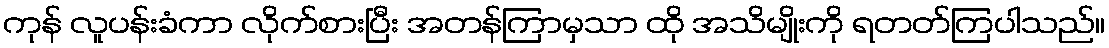
ကုန် လူပန်းခံကာ လိုက်စားပြီး အတန်ကြာမှသာ ထို အသိမျိုးကို ရတတ်ကြပါသည်။